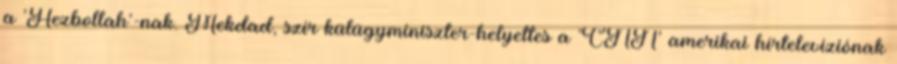
a ’Hezbollah’-nak. Mekdad, szír külügyminiszter-helyettes a ’CNN’ amerikai hírtelevíziónak